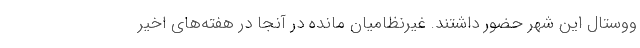
ووستال این شهر حضور داشتند. غیرنظامیان مانده در آنجا در هفته‌های اخیر